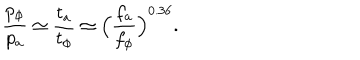
LaTeX: \frac { p _ { \phi } } { p _ { a } } \simeq \frac { t _ { a } } { t _ { \phi } } \simeq \Big ( \frac { f _ { a } } { f _ { \phi } } \Big ) ^ { 0 . 3 6 } .